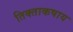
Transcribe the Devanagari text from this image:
तिक्ताकषाय